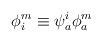
\begin{align*}\phi^m_i \equiv \psi_a^i \phi^m_a\end{align*}